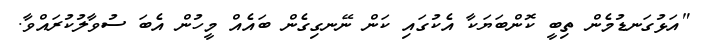
"އަޅުގަނޑުމެން ތިބީ ކޮންބަޔަކާ އެކުގައި ކަން ނޭނގިގެން ބައެއް މީހުން އެބަ ސުވާލުކުރައްވާ.